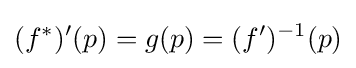
(f^{*})'(p)=g(p)=(f')^{-1}(p)